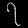
Digit: ၇